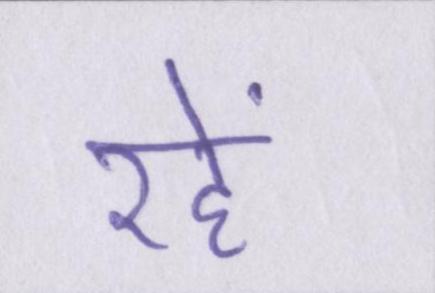
रहें